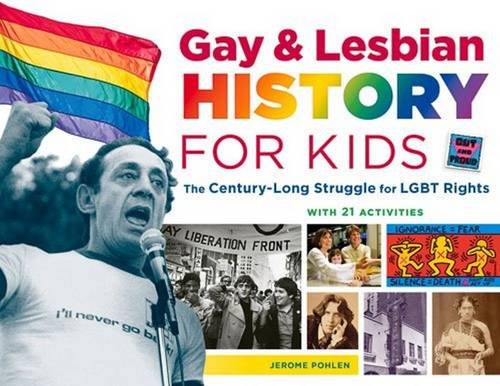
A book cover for Gay & Lesbian History for Kids: The Century-Long Struggle for LGBT Rights, with 21 Activities (For Kids series); Jerome Pohlen; Gay & Lesbian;